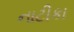
નાટીકા